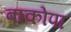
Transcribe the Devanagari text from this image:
बाकोपा